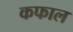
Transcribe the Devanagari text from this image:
कफाल